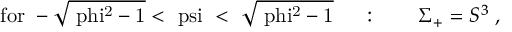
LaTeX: \mathrm { f o r ~ - \sqrt { \ p h i ^ { 2 } - 1 } < \ p s i ~ < ~ \sqrt { \ p h i ^ { 2 } - 1 } ~ } \quad : \qquad \Sigma _ { + } = S ^ { 3 } \; ,